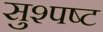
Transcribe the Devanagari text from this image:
सुश्पष्ट